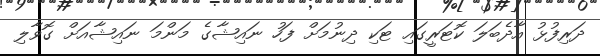
ދަރިފުޅު އާދެބަލަ ކޮޓަރީގައި ޓަކި ދިނުމަށް ފަހު ނައިޝާގެ މަންމަ ނައިޝާއަށް ގޮވާލި